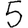
Digit: 5